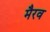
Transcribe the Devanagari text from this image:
मैरव